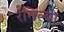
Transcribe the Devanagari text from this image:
रंगिल्या